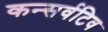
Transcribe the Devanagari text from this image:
कन्सर्वटिव